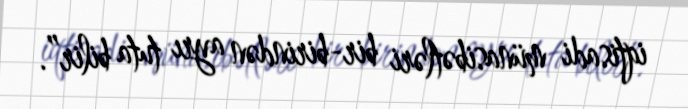
iqtisadi münasibətləri bir-birindən ayrı tuta bilir”.